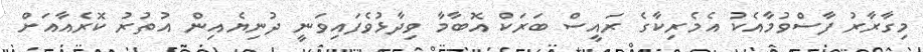
މިގާރާރު ފާސްވުމާއެކު އެމެރިކާގެ ރައީސް ބަރަކް އޮބާމާ ވިދާޅުވެފައިވަނީ ދުނިޔެއިން އުތުރު ކޮރެއާއަށް